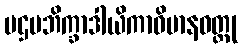
ပဌမဘိက္ခာဒါယိကာဝိမာနဝတ္ထု